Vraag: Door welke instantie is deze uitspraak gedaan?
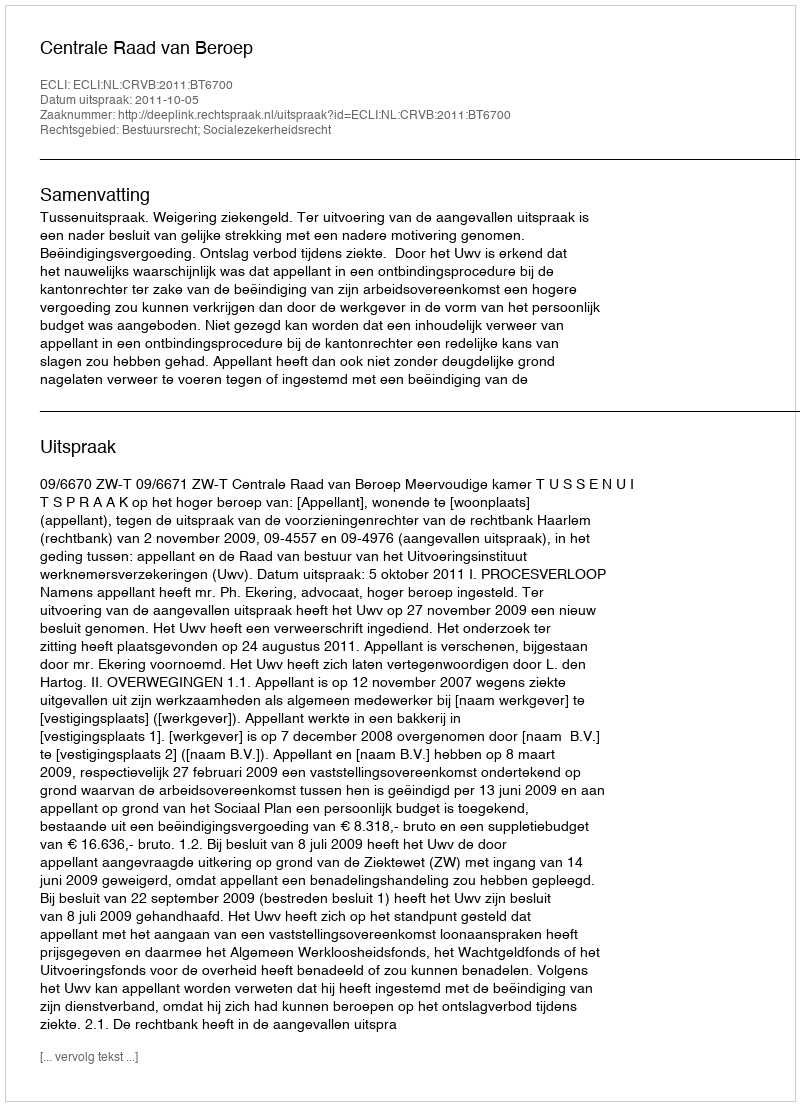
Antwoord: Centrale Raad van Beroep